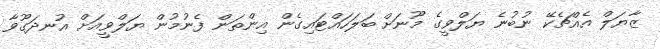
ޒާޔަލް އެއްޗެކޭ ނުބުނެ ޔަލްވީގެ މޫނަށް ބަލަހައްޓައިގެން އިންތަން ފެނުމުން ޔަލްވީއަށް އުނދަގޫވާ